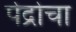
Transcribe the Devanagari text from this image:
पेद्रोचा